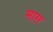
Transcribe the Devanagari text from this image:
मारर